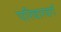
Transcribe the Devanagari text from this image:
परिवारवर्ग